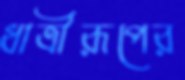
ধাত্রীরূপের